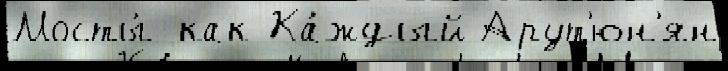
Мосты́ как Ка́ждый Арут'юн'ян